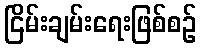
ငြိမ်းချမ်းရေးဖြစ်စဉ်